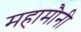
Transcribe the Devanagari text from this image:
महामौनी